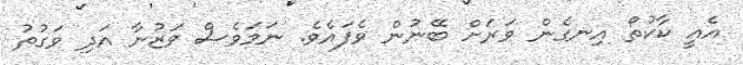
އެއީ ކާކުތޯ އިނގެން ވަރަށް ބޭނުން ވެފައެވެ. ނަމަވެސް ވަޒުނާ އަދި ވަގުތު